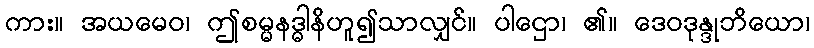
ကား။ အယမေဝ၊ ဤစမ္မနဒ္ဓါနိဟူ၍သာလျှင်။ ပါဌော၊ ၏။ ဒေဝဒုန္ဒုဘိယော၊